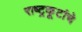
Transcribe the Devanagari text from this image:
राष्ट्रकूटांचे